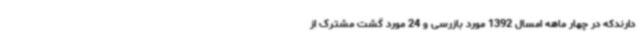
دارندکه در چهار ماهه امسال 1392 مورد بازرسی و 24 مورد گشت مشترک از